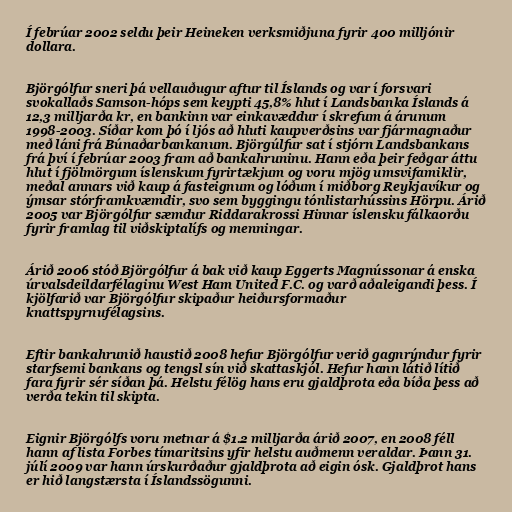
Í febrúar 2002 seldu þeir Heineken verksmiðjuna fyrir 400 milljónir
dollara.

Björgólfur sneri þá vellauðugur aftur til Íslands og var í forsvari
svokallaðs Samson-hóps sem keypti 45,8% hlut í Landsbanka Íslands á
12,3 milljarða kr, en bankinn var einkavæddur í skrefum á árunum
1998-2003. Síðar kom þó í ljós að hluti kaupverðsins var fjármagnaður
með láni frá Búnaðarbankanum. Björgúlfur sat í stjórn Landsbankans
frá því í febrúar 2003 fram að bankahruninu. Hann eða þeir feðgar áttu
hlut í fjölmörgum íslenskum fyrirtækjum og voru mjög umsvifamiklir,
meðal annars við kaup á fasteignum og lóðum í miðborg Reykjavíkur og
ýmsar stórframkvæmdir, svo sem byggingu tónlistarhússins Hörpu. Árið
2005 var Björgólfur sæmdur Riddarakrossi Hinnar íslensku fálkaorðu
fyrir framlag til viðskiptalífs og menningar.

Árið 2006 stóð Björgólfur á bak við kaup Eggerts Magnússonar á enska
úrvalsdeildarfélaginu West Ham United F.C. og varð aðaleigandi þess. Í
kjölfarið var Björgólfur skipaður heiðursformaður
knattspyrnufélagsins.

Eftir bankahrunið haustið 2008 hefur Björgólfur verið gagnrýndur fyrir
starfsemi bankans og tengsl sín við skattaskjól. Hefur hann látið lítið
fara fyrir sér síðan þá. Helstu félög hans eru gjaldþrota eða bíða þess að
verða tekin til skipta.

Eignir Björgólfs voru metnar á $1.2 milljarða árið 2007, en 2008 féll
hann af lista Forbes tímaritsins yfir helstu auðmenn veraldar. Þann 31.
júlí 2009 var hann úrskurðaður gjaldþrota að eigin ósk. Gjaldþrot hans
er hið langstærsta í Íslandssögunni.